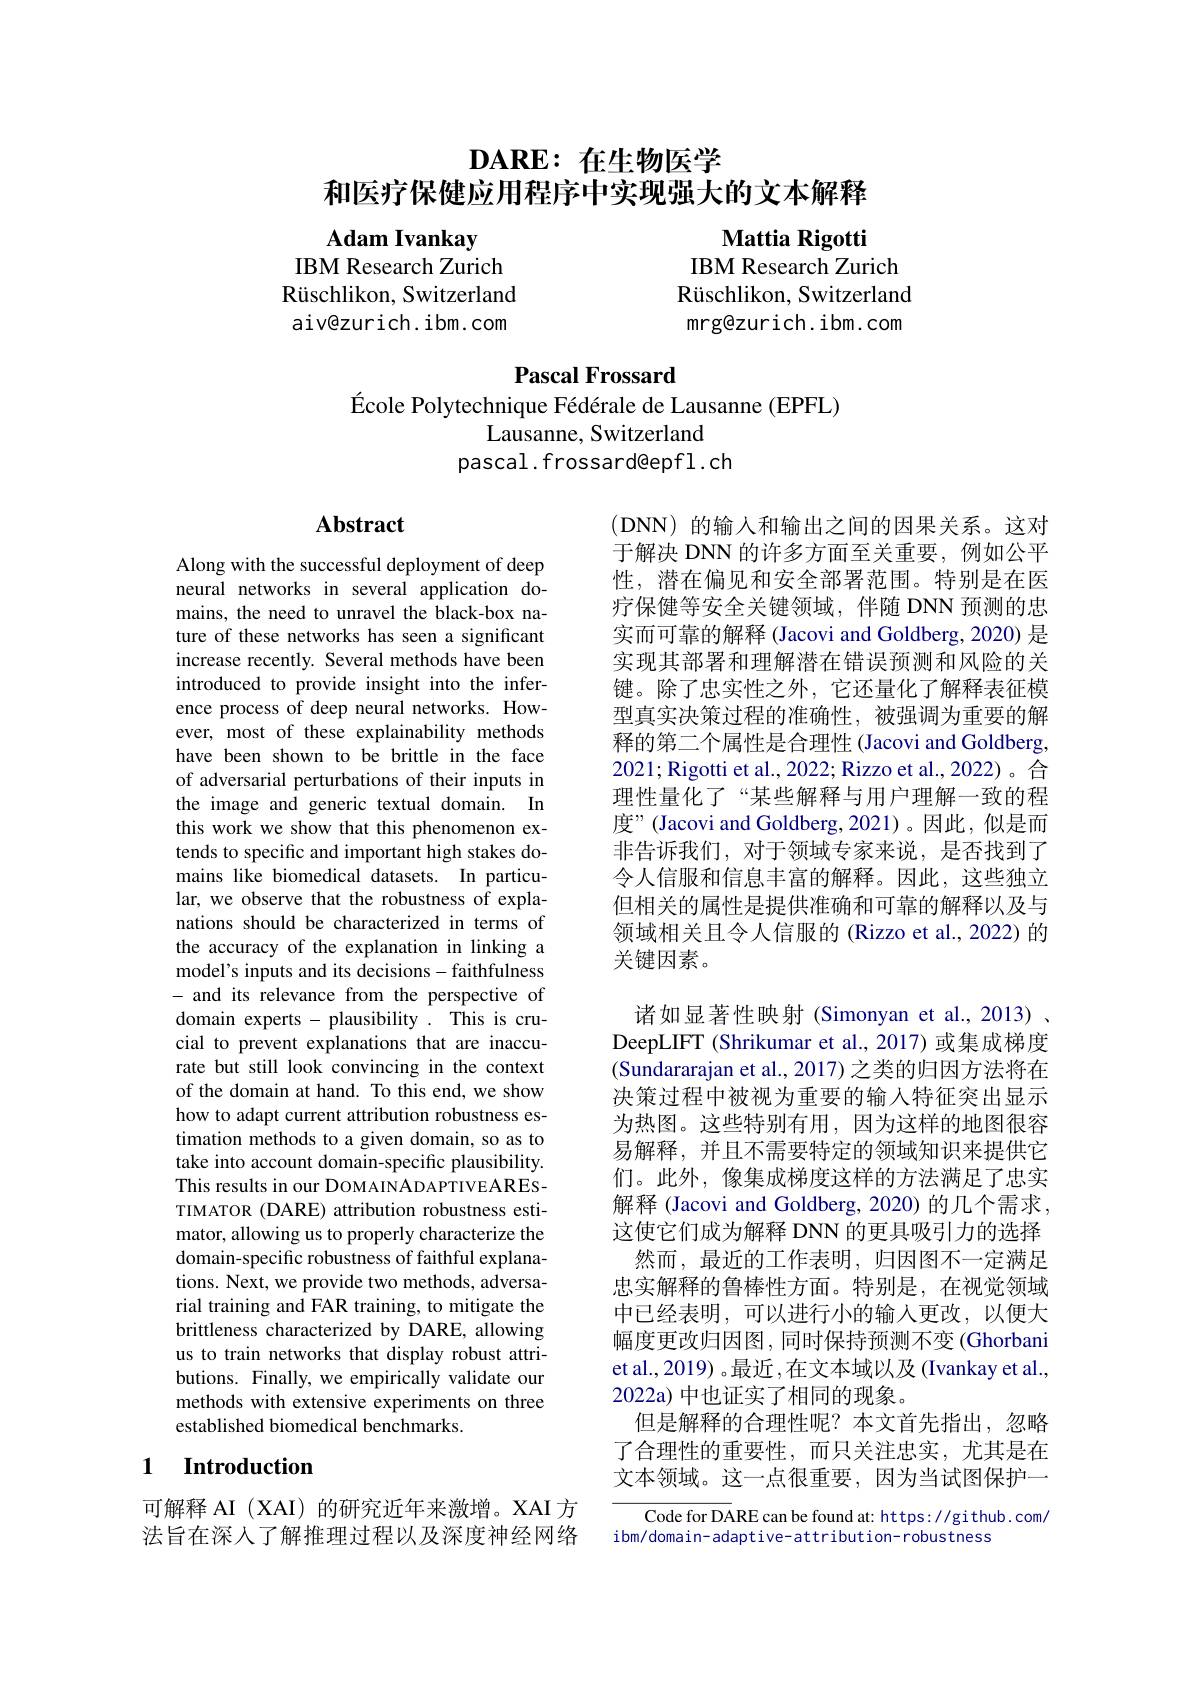
# $\textbf{DARE: 在 生 物 医 学 }$ 和医疗保健应用程序中实现强大的文本解释

Adam Ivankay
IBM Research Zurich Rüschlikon, Switzerland aiv@zurich.ibm.com

Mattia Rigotti
IBM Research Zurich Rüschlikon, Switzerland mrg@zurich.ibm.com

## Pascal Frossard
École Polytechnique Fédérale de Lausanne (EPFL)

Lausanne, Switzerland
pascal.frossard@epfl.ch

## Abstract

Along with the successful deployment of deep neural networks in several application domains, the need to unravel the black-box nature of these networks has seen a significant increase recently. Several methods have been introduced to provide insight into the inference process of deep neural networks. However, most of these explainability methods have been shown to be brittle in the face of adversarial perturbations of their inputs in the image and generic textual domain. In this work we show that this phenomenon extends to specific and important high stakes domains like biomedical datasets. In particular, we observe that the robustness of explanations should be characterized in terms of the accuracy of the explanation in linking a model's inputs and its decisions-faithfulness - and its relevance from the perspective of domain experts - plausibility . This is crucial to prevent explanations that are inaccurate but still look convincing in the context of the domain at hand. To this end, we show how to adapt current attribution robustness estimation methods to a given domain, so as to take into account domain-specific plausibility. This results in our DOMAINADAPTIVEARESTIMATOR (DARE) attribution robustness estimator, allowing us to properly characterize the domain-specific robustness of faithful explanations. Next, we provide two methods, adversarial training and FAR training, to mitigate the brittleness characterized by DARE, allowing us to train networks that display robust attributions. Finally, we empirically validate our methods with extensive experiments on three established biomedical benchmarks.

### 1 $\textbf{Introduction}$

可解释 AI (XAI) 的研究近年来激增。XAI 方法旨在深入了解推理过程以及深度神经网络

(DNN)的输入和输出之间的因果关系。这对于解决 DNN 的许多方面至关重要，例如公平性，潜在偏见和安全部署范围。特别是在医疗保健等安全关键领域，伴随 DNN 预测的忠实而可靠的解释 (Jacovi and Goldberg, 2020) 是实现其部署和理解潜在错误预测和风险的关键。除了忠实性之外，它还量化了解释表征模型真实决策过程的准确性，被强调为重要的解释的第二个属性是合理性 (Jacovi and Goldberg, 2021; Rigotti et al., 2022; Rizzo et al., 2022)。合理性量化了“某些解释与用户理解一致的程度”(Jacovi and Goldberg,2021)。因此，似是而非告诉我们，对于领域专家来说，是否找到了令人信服和信息丰富的解释。因此，这些独立但相关的属性是提供准确和可靠的解释以及与领域相关且令人信服的 (Rizzo et al., 2022) 的关键因素。

诸如显著性映射 (Simonyan et al.,2013) 、 DeepLIFT (Shrikumar et al.,2017) 或集成梯度(Sundararajan et al., 2017) 之类的归因方法将在决策过程中被视为重要的输入特征突出显示为热图。这些特别有用，因为这样的地图很容易解释，并且不需要特定的领域知识来提供它们。此外，像集成梯度这样的方法满足了忠实解释 (Jacovi and Goldberg, 2020) 的几个需求， 这使它们成为解释 DNN 的更具吸引力的选择
然而，最近的工作表明，归因图不一定满足忠实解释的鲁棒性方面。特别是，在视觉领域中已经表明，可以进行小的输入更改，以便大幅度更改归因图，同时保持预测不变(Ghorbani et al., 2019) 。最近 ,在文本域以及 (Ivankay et al., 2022a) 中也证实了相同的现象。
但是解释的合理性呢？本文首先指出，忽略了合理性的重要性，而只关注忠实，尤其是在文本领域。这一点很重要，因为当试图保护一

Code for DARE can be found at: https: //github. com/
ibm/domain- adaptive- attribution- robustness